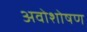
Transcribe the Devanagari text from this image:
अवोशोषण